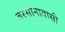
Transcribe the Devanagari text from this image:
बरसानावासी